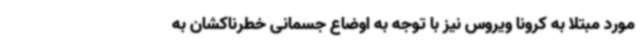
مورد مبتلا به کرونا ویروس نیز با توجه به اوضاع جسمانی خطرناکشان به